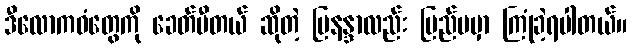
ဒီလောကဓံတွေကို ခေတ်မီတယ် ဆိုတဲ့ မြနန္ဒာလည်း ပြည်ပမှာ ကြုံခဲ့ရပါတယ်။